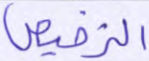
الترخيص